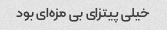
خیلی پیتزای بی مزه‌ای بود